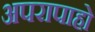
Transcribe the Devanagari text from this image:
अपरापाहो